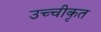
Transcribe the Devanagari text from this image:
उच्‍चीकृत